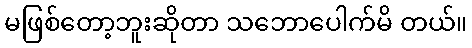
မဖြစ်တော့ဘူးဆိုတာ သဘောပေါက်မိ တယ်။